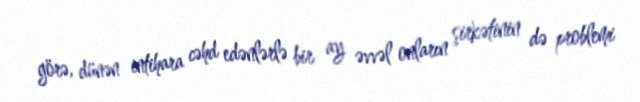
görə, dünən intihara cəhd edənlərlə bir ay əvvəl onların şirkətinin də problemi